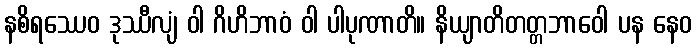
နစိရဿေဝ ဒုဿီလျံ ဝါ ဂိဟိဘာဝံ ဝါ ပါပုဏာတိ။ နိယျာတိတတ္တဘာဝေါ ပန နေဝ